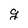
Character: g